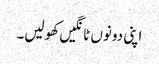
اپنی دونوں ٹانگیں کھولیں۔